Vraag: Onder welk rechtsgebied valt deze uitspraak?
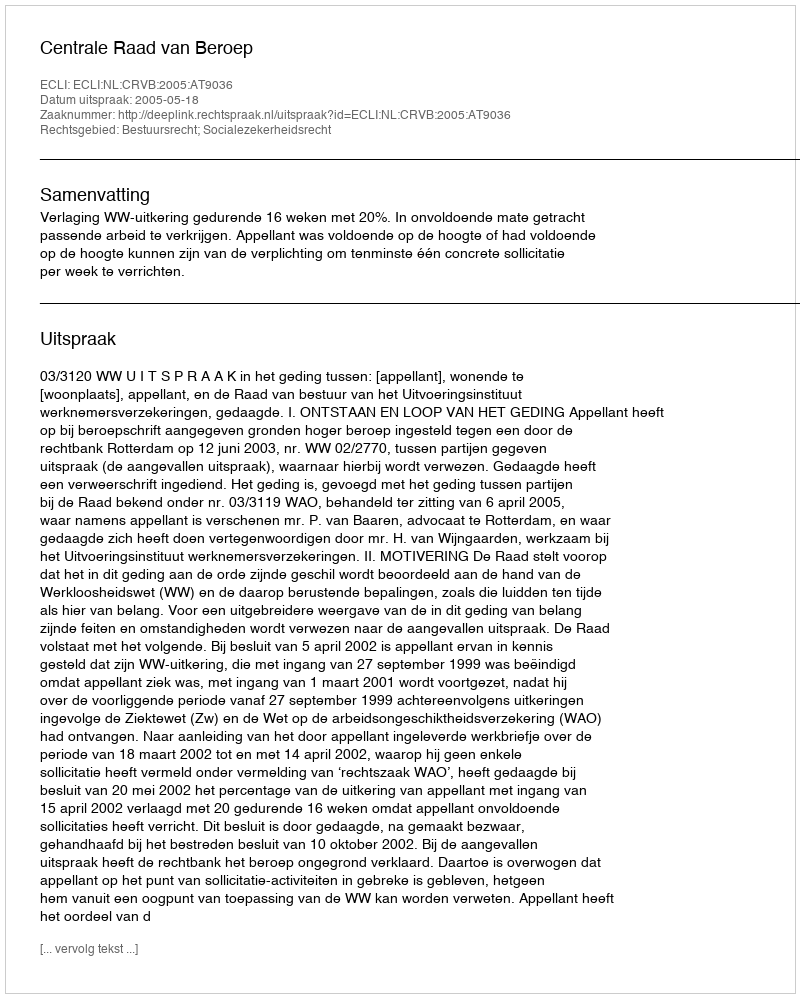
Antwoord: Bestuursrecht; Socialezekerheidsrecht